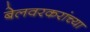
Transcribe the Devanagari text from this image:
बेलवरकरांच्या